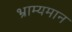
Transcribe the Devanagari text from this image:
भ्राम्यमान